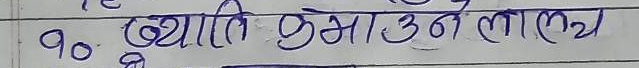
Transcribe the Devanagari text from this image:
१०. क्षति पुमाउने लक्ष्य